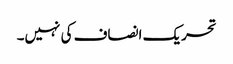
تحریک انصاف کی نہیں۔